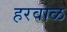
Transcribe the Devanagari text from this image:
हरवाळ